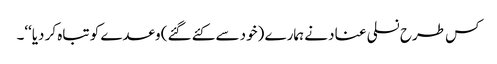
کس طرح نسلی عناد نے ہمارے (خود سے کئے گئے) وعدے کو تباہ کر دیا‘‘۔